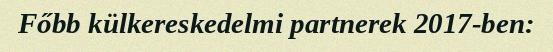
Főbb külkereskedelmi partnerek 2017-ben: